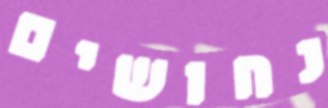
נחושים